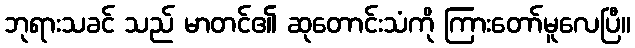
ဘုရားသခင် သည် မာတင်၏ ဆုတောင်းသံကို ကြားတော်မူလေပြီ။